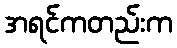
အရင်ကတည်းက